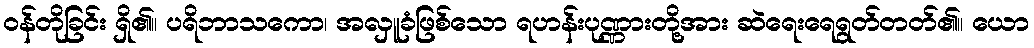
ဝန်တိုခြင်း ရှိ၏။ ပရိဘာသကော၊ အလှူခံဖြစ်သော ရဟန်းပုဏ္ဏားတို့အား ဆဲရေးရေရွတ်တတ်၏။ ယော